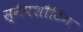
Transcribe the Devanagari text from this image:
स्नैपशौटिंग